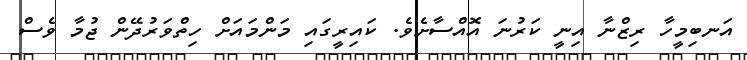
އަނބިމީހާ ރިޒްނާ އިނީ ކަރުނަ އޮއްސާށެވެ. ކައިރީގައި މަންމައަށް ހިތްވަރުދޭން ޖުމާ ވެސް